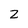
Character: 2